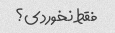
فقط نخوردی؟